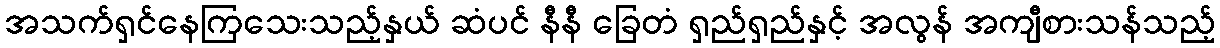
အသက်ရှင်နေကြသေးသည့်နှယ် ဆံပင် နီနီ ခြေတံ ရှည်ရှည်နှင့် အလွန် အကျီစားသန်သည့်